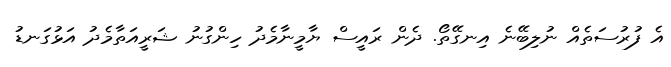
އެ ފުރުސަތެއް ނުލިބޭނެ އިނގޭތޯ. ދެން ރައީސް ޔާމީނާމެދު ހިންގުނު ޝަރީއަތާމެދު އަޅުގަނޑު